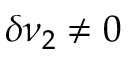
\delta \nu _ { 2 } \neq 0